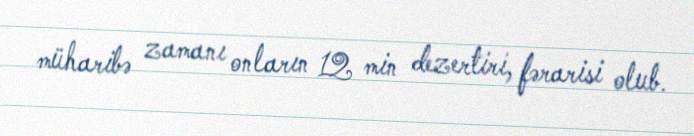
müharibə zamanı onların 12 min dezertiri, fərarisi olub.